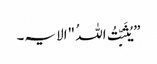
”یُثَبِّتُ اللہُ "الایہ۔